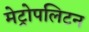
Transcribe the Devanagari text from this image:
मेट्रोपलिटन